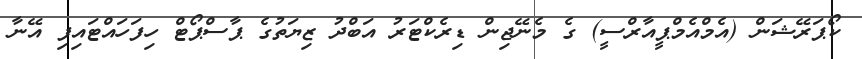
ކޯޕަރޭޝަން (އެމްއެމްޕީއާރްސީ) ގެ މެނޭޖިން ޑިރެކްޓަރު އަބްދު ޒިޔަތުގެ ޕާސްޕޯޓް ހިފަހައްޓައިފި އޭނާ